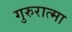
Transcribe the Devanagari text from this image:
गुरुरात्मा